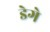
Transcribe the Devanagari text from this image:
डेगे